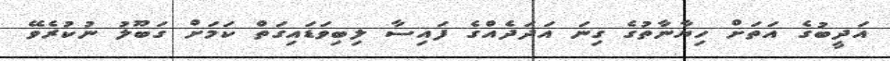
އަދީބުގެ އަތަށް ހިޔާނާތުގެ ގިނަ އަދަދެއްގެ ފައިސާ ލިބިވަޑައިގަތް ކަމަށް ގަބޫލު ނުކުރެވޭ